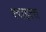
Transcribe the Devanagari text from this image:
श्वाइत्स